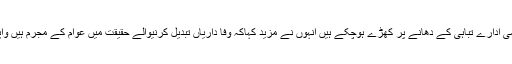
جبکہ وطن عزیز اوراسکے قومی ادارے تباہی کے دھانے پر کھڑے ہوچکے ہیں انہوں نے مزید کہاکہ وفا داریاں تبدیل کرنیوالے حقیقت میں عوام کے مجرم ہیں واپسی کا خیال دل سے نکال دیں ۔